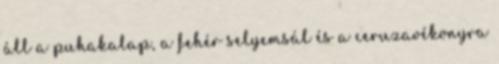
áll a puhakalap, a fehér selyemsál és a ceruzavékonyra